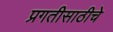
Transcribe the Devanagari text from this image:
प्रगतीसाठीचे